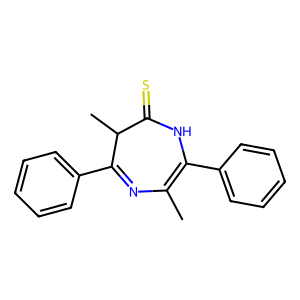
SMILES: CC1=C(c2ccccc2)NC(=S)C(C)C(c2ccccc2)=N1
Inhibits HIV replication: No